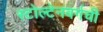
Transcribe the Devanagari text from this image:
स्टोल्टेनबर्गची